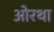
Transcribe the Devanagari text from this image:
ओरथा